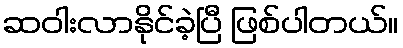
ဆဝါးလာနိုင်ခဲ့ပြီ ဖြစ်ပါတယ်။